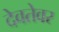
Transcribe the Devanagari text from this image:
देवतेवर